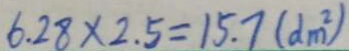
6 . 2 8 \times 2 . 5 = 1 5 . 7 ( d m ^ { 2 } )